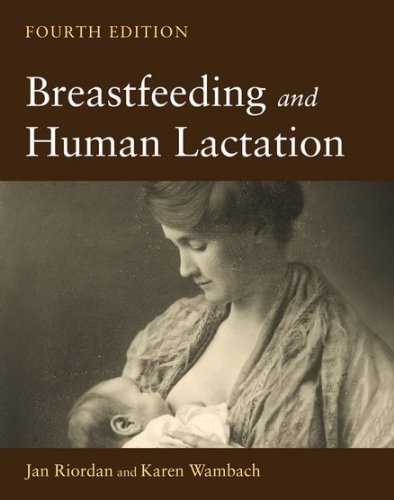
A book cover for Breastfeeding And Human Lactation (Riordan, Breastfeeding and Human Lactation); Jan Riordan; Medical Books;